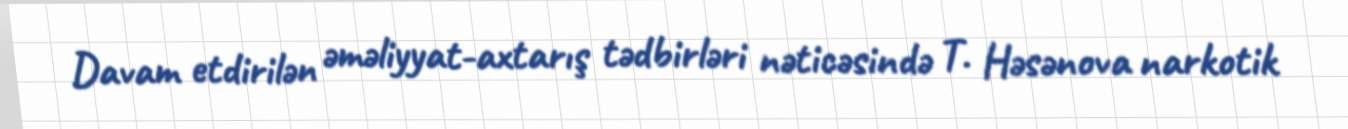
Davam etdirilən əməliyyat-axtarış tədbirləri nəticəsində T. Həsənova narkotik